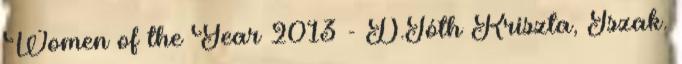
Women of the Year 2013 - D.Tóth Kriszta, Iszak.